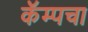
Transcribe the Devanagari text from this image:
कॅम्पचा